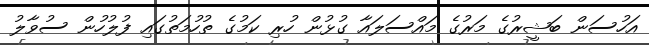
އަހުސަން ބަޝީރުގެ މަރުގެ މައްސަލައާ ގުޅުން ހުރި ކަމުގެ ތުހުމަތުގައި ފުލުހުން ސުވާލު